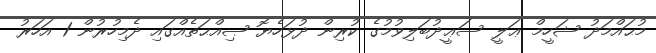
މުޙައްމަދު ޝަހީމް ޢަލީ ސަޢީދުބަލިވުމުގެ ކުރިން ދުޅަހެޔޮ ޞިއްޙަތެއްގައި ދެމިހުރުން 1 އަހަރު